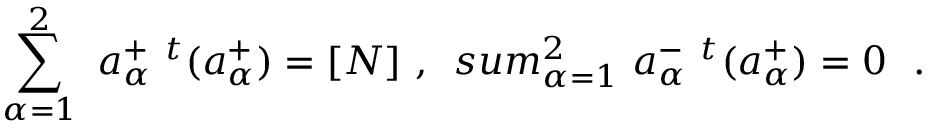
\sum _ { \alpha = 1 } ^ { 2 } \ a _ { \alpha } ^ { + } \ ^ { t } ( a _ { \alpha } ^ { + } ) = [ N ] \ , \ \, s u m _ { \alpha = 1 } ^ { 2 } \ a _ { \alpha } ^ { - } \ ^ { t } ( a _ { \alpha } ^ { + } ) = 0 \ \ .